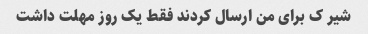
شیر ک برای من ارسال کردند فقط یک روز مهلت داشت